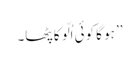
’’ ہو گا کوئی اُلّو کا پٹھا۔